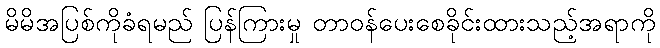
မိမိအပြစ်ကိုခံရမည် ပြန်ကြားမှု တာဝန်ပေးစေခိုင်းထားသည့်အရာကို